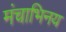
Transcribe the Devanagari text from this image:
मंचाभिनय